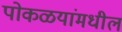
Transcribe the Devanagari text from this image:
पोकळयांमधील